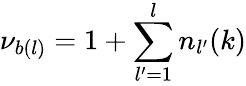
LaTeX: \nu_{b(l)}=1+\sum_{l^{\prime}=1}^{l}n_{l^{\prime}}(k)